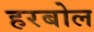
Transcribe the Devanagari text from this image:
हरबोल